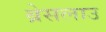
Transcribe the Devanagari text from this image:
ब्रेसलाउ